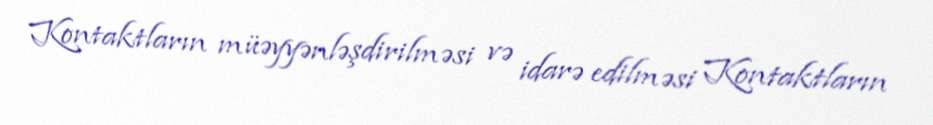
Kontaktların müəyyənləşdirilməsi və idarə edilməsi Kontaktların